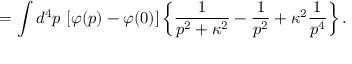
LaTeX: = \int d ^ { 4 } p \, \left[ \varphi ( p ) - \varphi ( 0 ) \right] \left\{ { \frac { 1 } { p ^ { 2 } + \kappa ^ { 2 } } } - { \frac { 1 } { p ^ { 2 } } } + \kappa ^ { 2 } { \frac { 1 } { p ^ { 4 } } } \right\} .